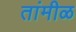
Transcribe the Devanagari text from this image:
तांमीळ